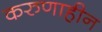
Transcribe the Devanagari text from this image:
करुणाहीन